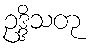
ဥဒ္ဒိသတု